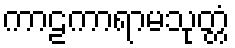
ကာဠကာရာမသုတ္တံ